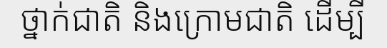
ថ្នាក់ជាតិ និងក្រោមជាតិ ដើម្បី